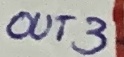
Text: OUT3